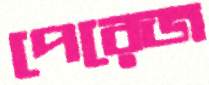
পেরেজ